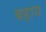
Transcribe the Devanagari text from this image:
बहाय